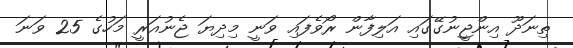
ތިނަދޫ އިންޖީނުގޭގައި އަލިފާން ރޯވެފައި ވަނީ މިދިޔަ ޖެނުއަރީ މަހުގެ 25 ވަނަ